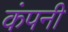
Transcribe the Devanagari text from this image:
कंपनी